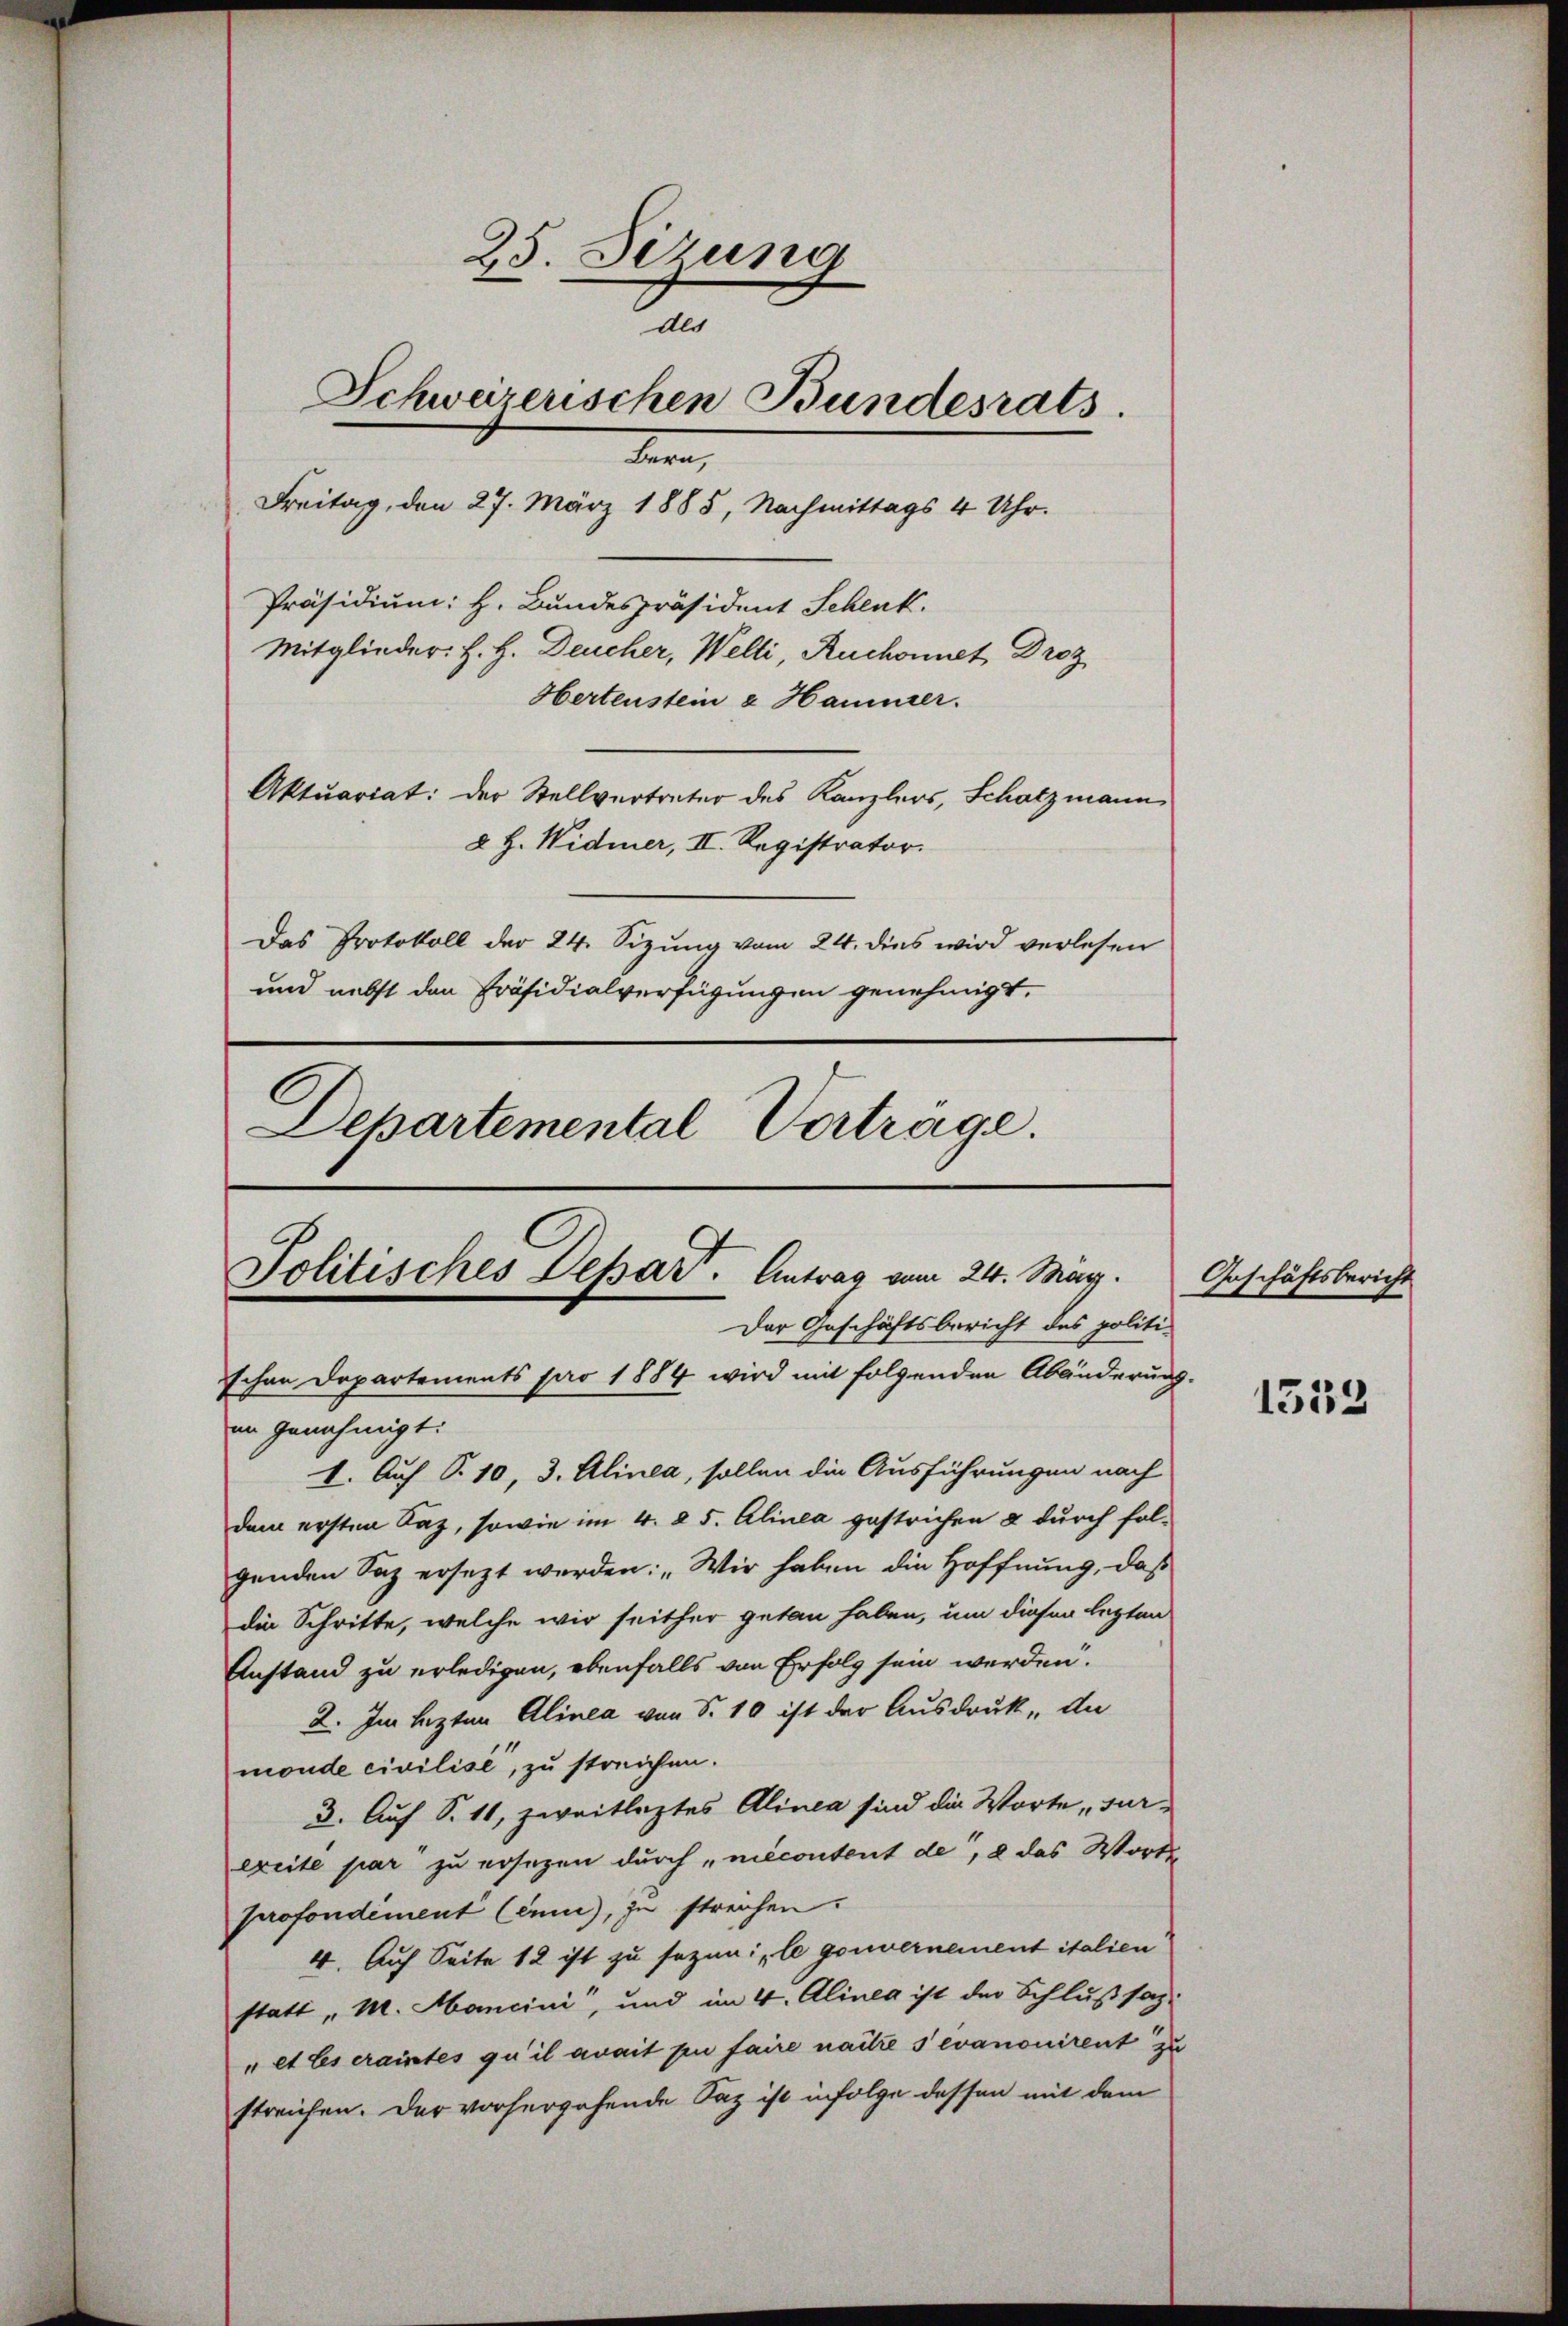
25. Sezung
t
Schweizerischen Bundesrats.
en
Freitag, den 27. März 1885, Nachmittags 4 Uhr.
Präsidium: H. Bundespräsident Schenk.
Mitglieder. H. H. Deucher, Welti, Ruchonnet Droz
Hertenstein & Hammer.
Aktuariat: der Stellvertreter des Kanzlers, Schatzmann
§ H. Widmer, II. Registrator.
Das Protokoll der 24. Sizung vom 24. dies wird verlesen
und nebst den Präsidialverfügungen genehmigt.
Departemental Verträge.

Politisches Depart. Antrag vom 24. May.
Der Geschäftsbericht des politi-
schen Departements pro 1884 wird mit folgenden Abänderung.
in genehmigt.

I. Auf S. 10, 3. Alinea, sollen die Ausführungen nach
dem ersten Saz, sowie im 4. § 5. Alinea gestrichen & durch fol-
genden Saz ersezt werden: „Wir haben die Hoffnung, daß
die Schritte, welche wir seither getan haben, um diesen lezten
Anstand zu erledigen, ebenfalls von Erfolg sein werden.
2. Im lezten Alinea von S. 10 ist der Ausdruck, An
monde civilise, zu streichen.
3. Auf S. 11, zweitleztes Alinea sind die Worte surereite par zu ersezen durch „niécontent de, 2 das Worts-
profondiment Conce), zu streichen.
4. Auf Seite 12 ist zu sezen, le gouvernement italien
statt „M. Mancini“, und im 4. Alinea ist der Schlußsaz¬
" et les craintes qu’il avait pu faire naitre s evanonirent zu
streichen. Der vorhergehende Saz ist infolge dessen mit dem

Geschäftsbericht

1333